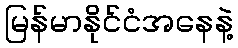
မြန်မာနိုင်ငံအနေနဲ့